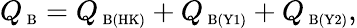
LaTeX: Q_{\mathrm{\scriptsize~B}}=Q_{\mathrm{\scriptsize~B(HK)}}+Q_{\mathrm{\scriptsize~B(Y1)}}+Q_{\mathrm{\scriptsize~B(Y2)}},